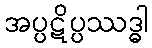
အပ္ပဋိပ္ပဿဒ္ဓါ